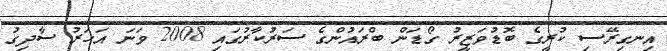
އިނގިރޭސި ކުރީގެ ބޮޑުވަޒީރު ގޯޑަން ބްރައުންގެ ސަރުކާރުގައި 2008 ވަނަ އަހަރު ސާދިގު